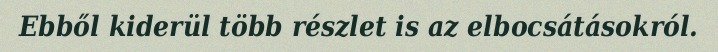
Ebből kiderül több részlet is az elbocsátásokról.